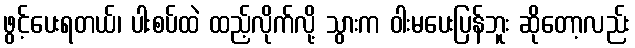
ဖွင့်ပေးရတယ်၊ ပါးစပ်ထဲ ထည့်လိုက်လို့ သွားက ဝါးမပေးပြန်ဘူး ဆိုတော့လည်း